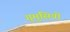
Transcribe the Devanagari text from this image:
गुमुसियो